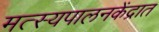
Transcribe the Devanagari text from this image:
मत्स्यपालनकेंद्रात